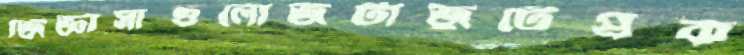
জিজ্ঞাসাগুলোজটাজুটেপ্রক